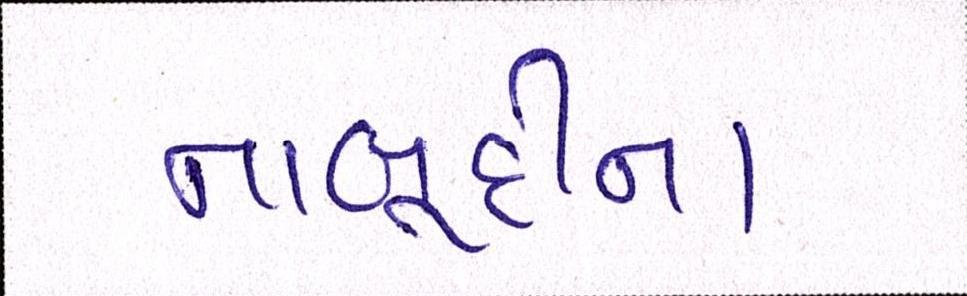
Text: નાબૂદીના